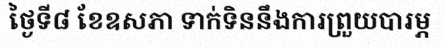
ថ្ងៃទី៨ ខែឧសភា ទាក់ទិននឹងការព្រួយបារម្ភ